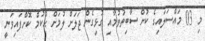
މި 03 މައްސަލައިގެ ކުށް ސާބިތުވުމާއި ގުޅިގެން ޖަލަށް ލުމަށް ޙުކުމް ކޮށްފައިވަނީ